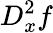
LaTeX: D_{x}^{2}f